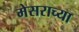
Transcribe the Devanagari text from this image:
मेसराच्या